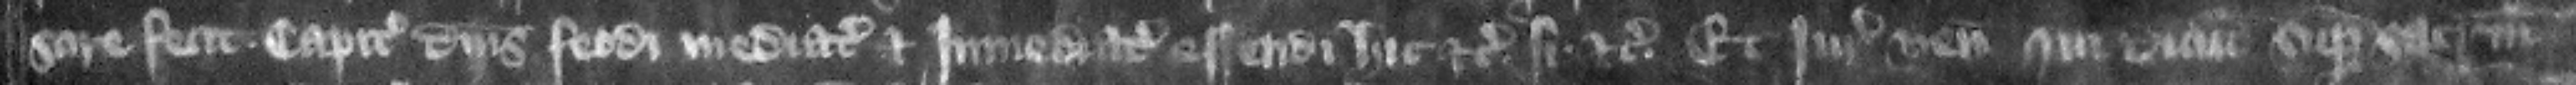
sire fecit capitalibus dominis feodi mediatis et immediatis essendi hic etc. si etc. Et iuratores veniunt. qui dicunt super sacramentum